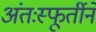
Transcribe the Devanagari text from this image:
अंतःस्फूर्तीने